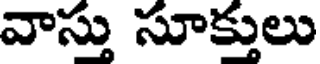
వాస్తు సూక్తులు